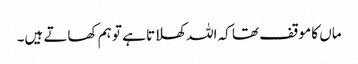
ماں کا موقف تھا کہ اللہ کھلاتا ہے تو ہم کھاتے ہیں۔